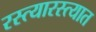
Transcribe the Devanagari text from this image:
रस्त्यारस्त्यात